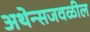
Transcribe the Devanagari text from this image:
अथेन्सजवळील